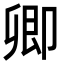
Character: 卿